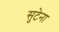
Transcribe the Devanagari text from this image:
सुटेना